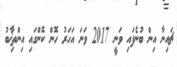
ޗައިނާ އިން ބުނެފައި ވަނީ 2017 ވަނަ އަހަރު ހޮން ކޮންގައި އިންތިޚާބު